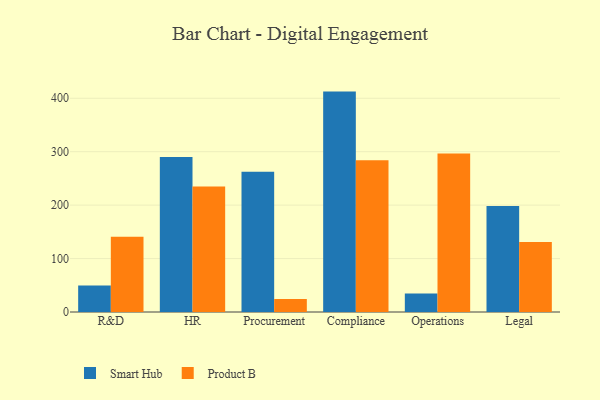
{"axis": {"x": "Department", "y": "Tickets Resolved"}, "legend": ["Product B", "Smart Hub"], "data": [{"x": "R&D", "y": 49.4, "type": "Smart Hub"}, {"x": "R&D", "y": 140.8, "type": "Product B"}, {"x": "HR", "y": 290.0, "type": "Smart Hub"}, {"x": "HR", "y": 235.0, "type": "Product B"}, {"x": "Procurement", "y": 262.4, "type": "Smart Hub"}, {"x": "Procurement", "y": 24.2, "type": "Product B"}, {"x": "Compliance", "y": 412.5, "type": "Smart Hub"}, {"x": "Compliance", "y": 283.9, "type": "Product B"}, {"x": "Operations", "y": 34.6, "type": "Smart Hub"}, {"x": "Operations", "y": 296.5, "type": "Product B"}, {"x": "Legal", "y": 198.5, "type": "Smart Hub"}, {"x": "Legal", "y": 130.8, "type": "Product B"}]}